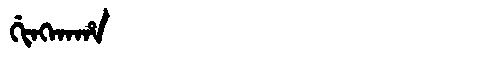
Manchu: ᡤᡳᠩᡴᠠᡥᠠ
Romanization: GINGKAHA